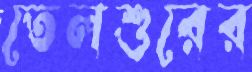
তেলশুরের